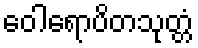
ဝေါရောပိတသုတ္တံ